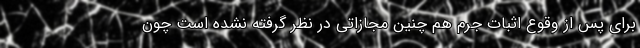
برای پس از وقوع اثبات جرم هم چنین مجازاتی در نظر گرفته نشده است چون